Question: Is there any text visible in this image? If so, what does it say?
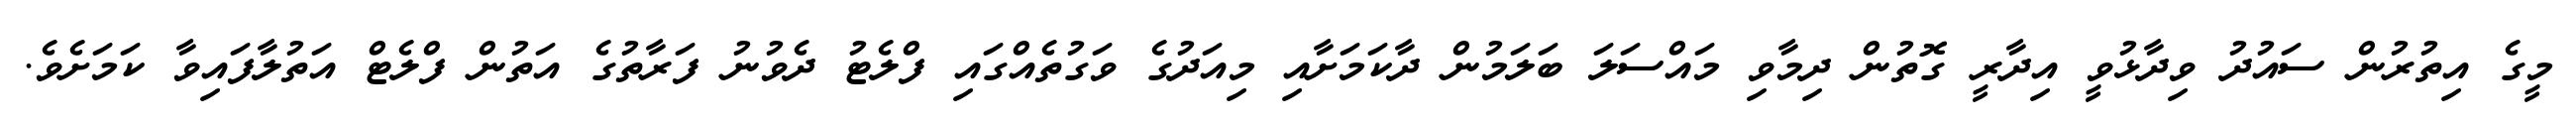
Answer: މީގެ އިތުރުން ސައުދު ވިދާޅުވީ އިދާރީ ގޮތުން ދިމާވި މައްސަލަ ބަލަމުން ދާކަމަށާއި މިއަދުގެ ވަގުތެއްގައި ފްލެޓު ދެވުނު ފަރާތުގެ އަތުން ފްލެޓް އަތުލާފައިވާ ކަމަށެވެ.